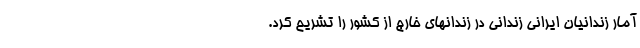
آمار زندانیان ایرانی زندانی در زندانهای خارج از کشور را تشریح کرد.